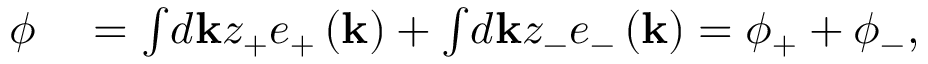
\begin{array} { r l } { \phi } & { { } = \int \! d \mathbf { k } z _ { + } e _ { + } \left( \mathbf { k } \right) + \int \! d \mathbf { k } z _ { - } e _ { - } \left( \mathbf { k } \right) = \phi _ { + } + \phi _ { - } , } \end{array}